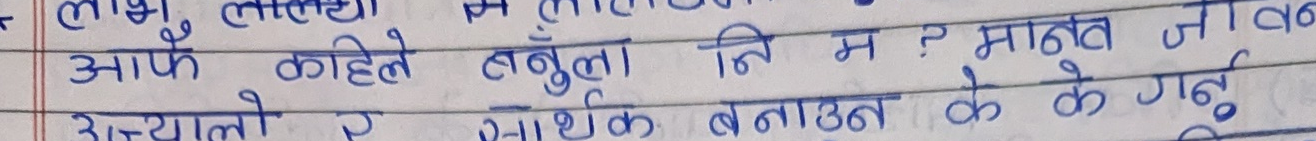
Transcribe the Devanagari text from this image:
आफैं कहिले लम्जुला नि म ? मानव जीवन
अँध्यालो र सार्थक बनाउन के गर्नु